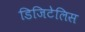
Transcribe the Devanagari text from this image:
डिजिटेलिस